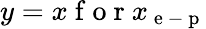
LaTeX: y=x\mathrm{~f~o~r~}x_{\mathrm{~e~-~p~}}